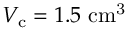
V _ { \mathrm { c } } = 1 . 5 ~ \mathrm { c m ^ { 3 } }